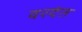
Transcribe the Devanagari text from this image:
वरदंत